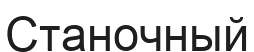
Станочный